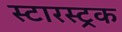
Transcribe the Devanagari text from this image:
स्टारस्ट्रक